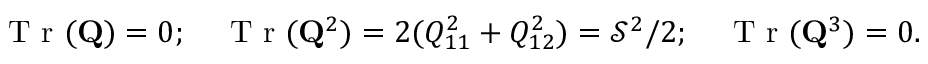
\mathrm { ~ T ~ r ~ } ( { \bf Q } ) = 0 ; \quad \mathrm { ~ T ~ r ~ } ( { \bf Q } ^ { 2 } ) = 2 ( Q _ { 1 1 } ^ { 2 } + Q _ { 1 2 } ^ { 2 } ) = \mathcal { S } ^ { 2 } / 2 ; \quad \mathrm { ~ T ~ r ~ } ( { \bf Q } ^ { 3 } ) = 0 .